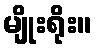
မျိုးရိုး။